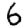
Digit: 6